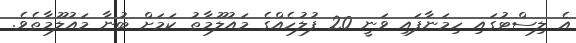
އެ ލިސްޓުގައި ހިމަނާފައި ވަނީ 20 ފުލުހެއްގެ މައުލޫމާތު ކަމަށް ބުނާ މައުލޫމާތެވެ.